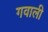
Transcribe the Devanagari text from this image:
गवाली